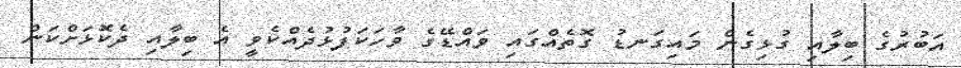
އަބުރުގެ ބިލާއި ގުޅިގެން މައިގަނޑު ގޮތެއްގައި ވައްޑޭގެ ވާހަކަފުޅުދެއްކެވީ އެ ބިލާއި ދެކޮޅަށްކަން